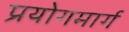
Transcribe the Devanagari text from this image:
प्रयोगमार्ग